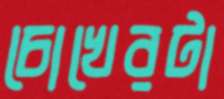
চোখেরটা